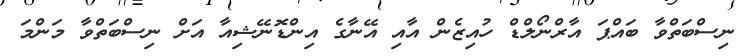
ނިސްބަތްވާ ބައްޕަ އާރްނޯލްޑް ހުއިޒެން އާއި އޭނާގެ އިންޑޮނޭޝިއާ އަށް ނިސްބަތްވާ މަންމަ